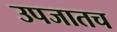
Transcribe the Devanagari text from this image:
उपजातच